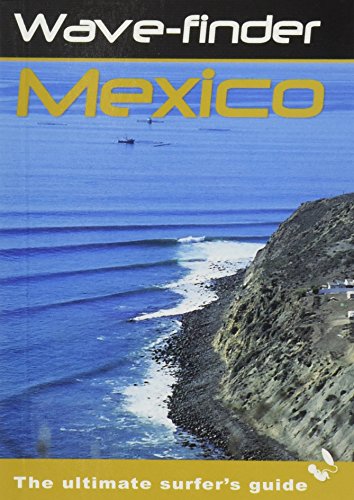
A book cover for Wave-Finder Surf Guide Mexico; Travel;